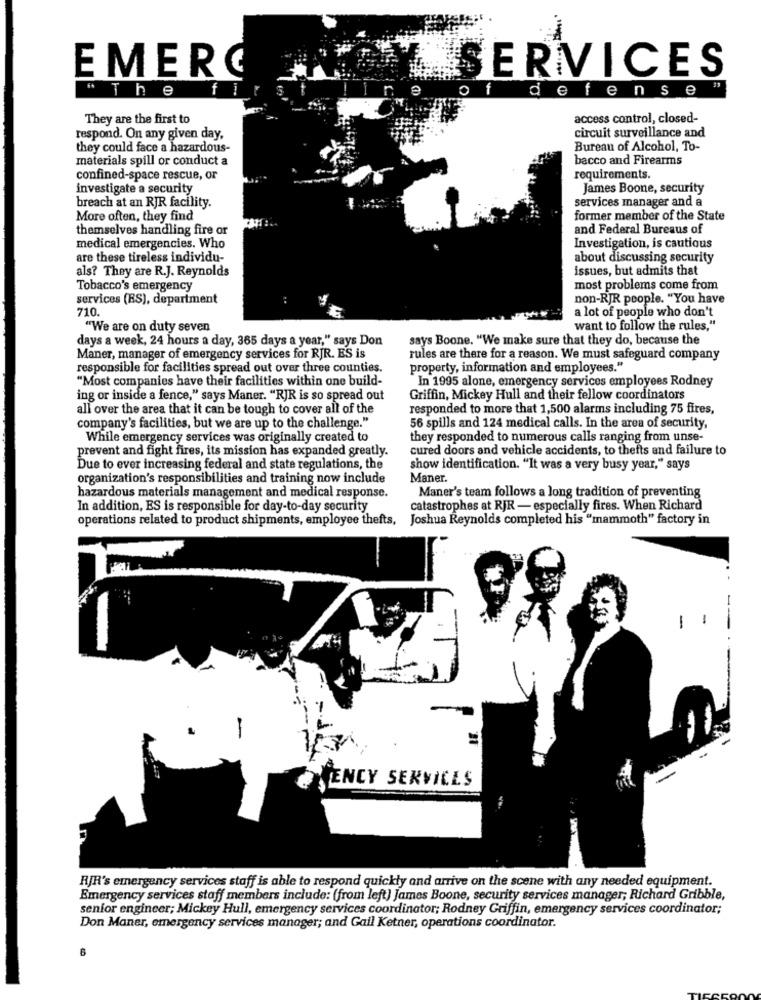
SERVICES
EMERC
" The
defense "
They are the first to
access control, closed-
circuit surveillance and
respond. On any given day,
they could face a hazardous-
Bureau of Alcohol, To-
materials spill or conduct a
bacco and Firearms
confined-space rescue, or
requirements.
investigate a security
James Boone, security
services manager and a
breach at an RJR facility.
More often, they find
former member of the State
themselves handling fire or
and Federal Bureaus of
medical emergencies. Who
Investigation, is cautious
are these tireless individu-
about discussing security
als? They are R.J. Reynolds
issues, but admits that
Tobacco's emergency
most problems come from
services (RS), department
non-RJR people. "You have
710.
a lot of people who don't
"We are on duty seven
want to follow the rules,"
days a week, 24 hours a day, 365 days a year," says Don
says Boone. "We make sure that they do, because the
Maner, manager of emergency services for RJR. ES is
rules are there for a reason. We must safeguard company
responsible for facilities spread out over three counties.
property, information and employees."
"Most companies have their facilities within one build-
In 1995 alone, emergency services employees Rodney
ing or inside a fence," says Maner. "RJR is so spread out
Griffin, Mickey Hull and their fellow coordinators
all over the area that it can be tough to cover all of the
responded to more that 1,500 alarms including 75 fires,
company's facilities, but we are up to the challenge."
56 spills and 124 medical calls. In the area of security,
While emergency services was originally created to
they responded to numerous calls ranging from unse-
prevent and fight fires, its mission has expanded greatly.
cured doors and vehicle accidents, to thefts and failure to
Due to ever increasing federal and state regulations, the
show identification. "It was a very busy year," says
organization's responsibilities and training now include
Maner.
hazardous materials management and medical response.
Maner's team follows a long tradition of preventing
In addition, ES is responsible for day-to-day security
catastrophes at RJR - especially fires. When Richard
operations related to product shipments, employee thefts, Joshua Reynolds completed his "mammoth" factory in
-
VENCY SERVICES
RJR's emergency services staff is able to respond quickly and arrive on the scene with any needed equipment.
Emergency services staff members include: (from left) James Boone, security services manager; Richard Gribble,
senior engineer; Mickey Hull, emergency services coordinator; Rodney Griffin, emergency services coordinator;
Don Maner, emergency services manager; and Gail Ketner, operations coordinator.
6